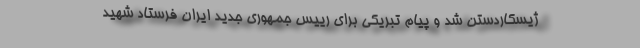
ژیسکاردستن شد و پیام تبریکی برای رییس جمهوری جدید ایران فرستاد شهید